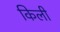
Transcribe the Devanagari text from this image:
किली